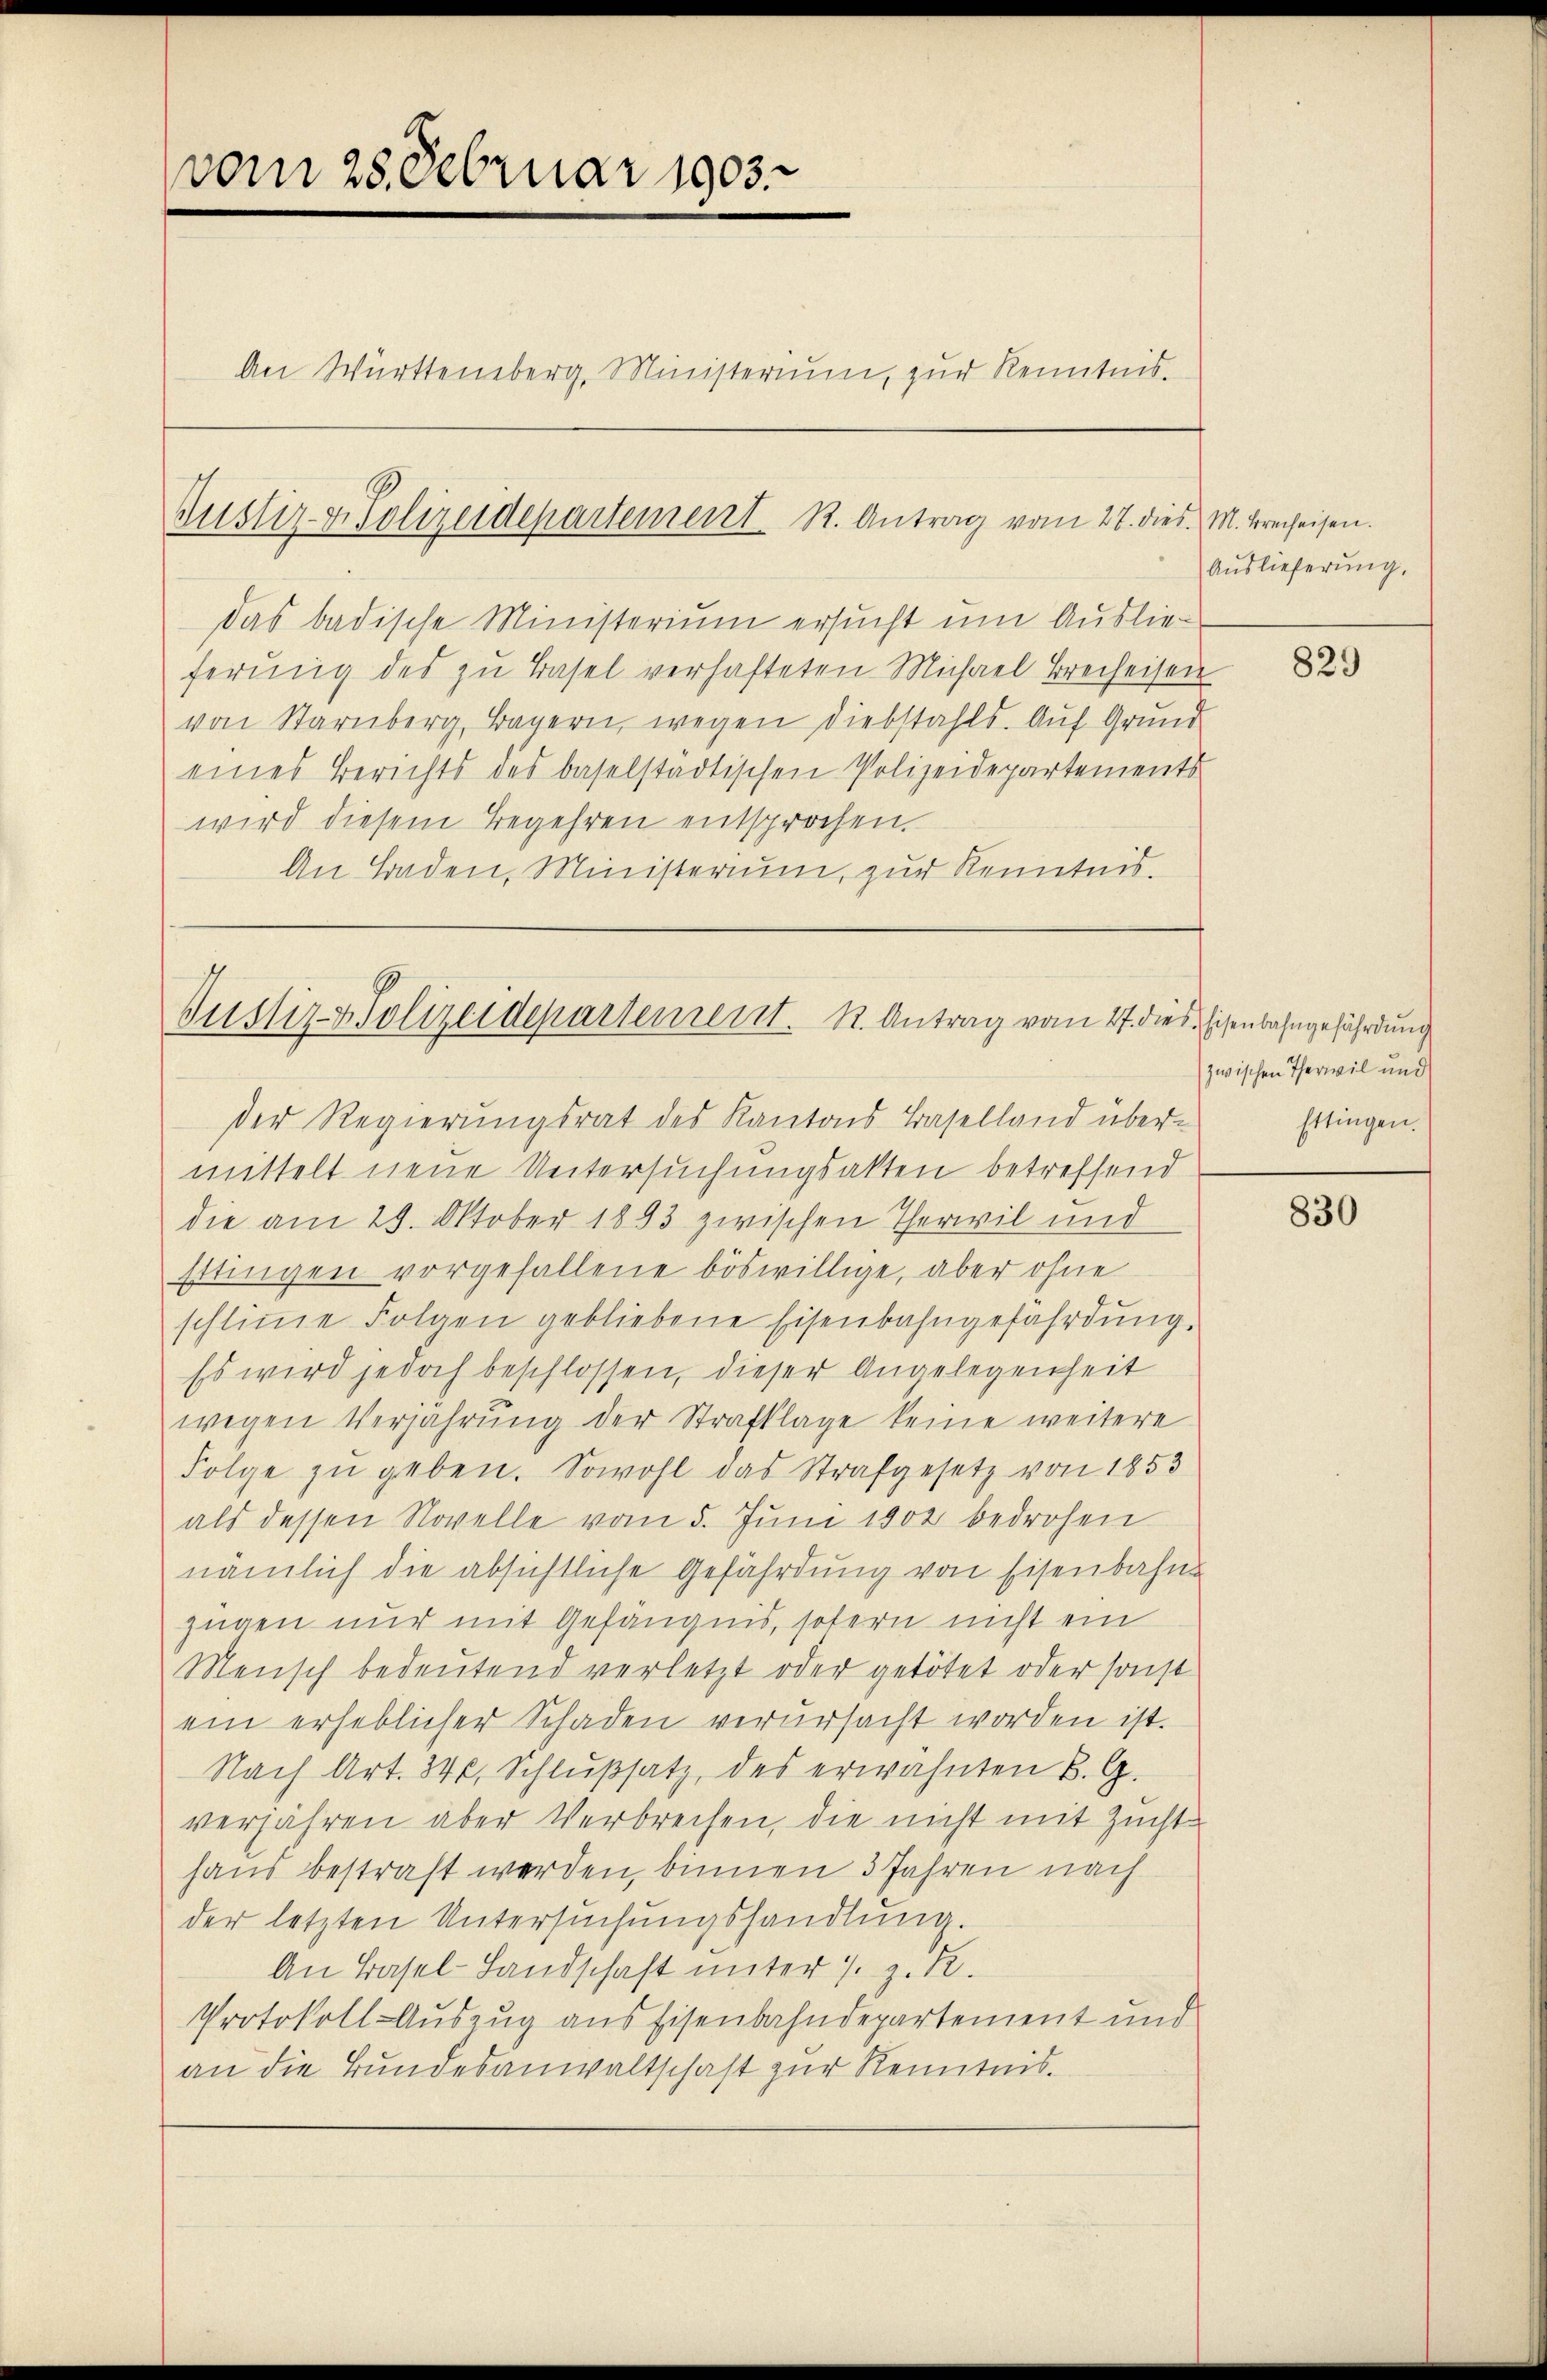
vom 28. Februar 1903.

An Württemberg, Ministerium, zur Kenntnis.

Justiz- & Polizeidepartement K. Antrag vom 27. dies. M. Kreiseisen.

das badische Ministerium ersucht um Auslieferŭng des zu Basel verhafteten Michael Breiheisen
von Starnberg, Bayern, wegen Diebstahls. Auf Grund
eines Berichts des baselstädtischen Polizeidepartements
wird diesem Begehren entsprochen.
An Baden, Ministerium, zur Kenntnis.

Justiz- & Polizeidepartement. K. Antrag vom 27. dies Eisenbahngefährdung
der Regierungsrat des Kantons Baselland über¬

mittelt neue Untersuchungsakten betreffend
die am 29. Oktober 1893 zwischen Therwil und
Ettingen vorgefallene böswillige, aber ohne
schliṁe Folgen gebliebene Eisenbahngefährdung.
Es wird jedoch beschlossen, dieser Angelegenheit
wegen Verjährŭng der Strafklage keine weitere
Folge zŭ geben. Sowohl das Strafgesetz von 1853
als dessen Novelle vom 5. Juni 1902 bedrohen
nämlich die absichtliche Gefährdŭng von Eisenbahn-
zügen nur mit Gefängnis, sofern nicht ein
Mensch bedeŭtend verletzt oder getötet oder sonst
ein erheblicher Schaden verursacht worden ist.
Nach Art. 340, Schlußsatz, des erwähnten B. G.
verjähren aber Verbrechen, die nicht mit Zuchthaus bestraft werden, binnen 3 Jahren nach
der letzten Untersuchungshandlung.
An Basel-Landschaft unter s. z. R.
Protokoll-Auszug aus Eisenbahndepartement und
an die Bundesanwaltschaft zur Kenntnis.

Auslieferung.

829

zwischen Therwil und
Ettingen.

830